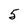
Character: 5